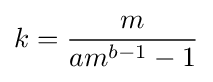
k={\frac {m}{am^{b-1}-1}}